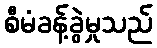
စီမံခန့်ခွဲမှုသည်